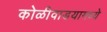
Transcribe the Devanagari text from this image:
कोळीवाडयामध्ये